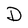
Character: D